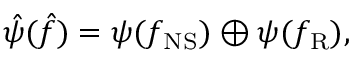
\hat { \psi } ( \hat { f } ) = \psi ( f _ { \mathrm { N S } } ) \oplus \psi ( f _ { \mathrm { R } } ) ,